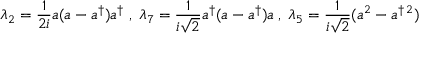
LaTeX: \lambda _ { 2 } = \frac { 1 } { 2 i } a ( a - a ^ { \dagger } ) a ^ { \dagger } \; , \; \lambda _ { 7 } = \frac { 1 } { i \sqrt { 2 } } a ^ { \dagger } ( a - a ^ { \dagger } ) a \; , \; \lambda _ { 5 } = \frac { 1 } { i \sqrt { 2 } } ( a ^ { 2 } - a ^ { \dagger \, 2 } )